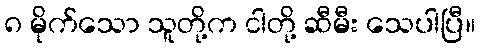
၈ မိုက်သော သူတို့က ငါတို့ ဆီမီး သေပါပြီ။